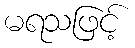
မရသဖြင့်